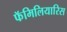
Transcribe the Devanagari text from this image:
फॅमिलियारिस